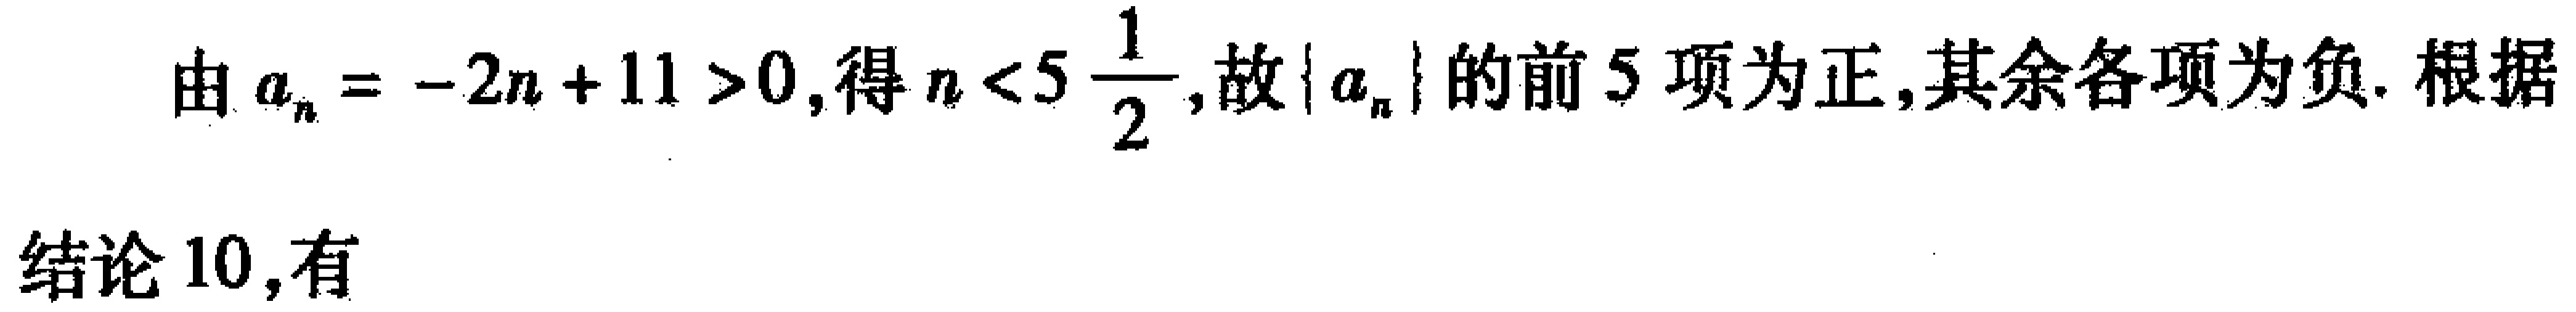
由\(a_{n} = -2n + 11 > 0\), 得\(n < 5\frac{1}{2}\), 故\(\{ a_{n}\}\)的前\(5\)项为正, 其余各项为负. 根据
结论 \(10\), 有